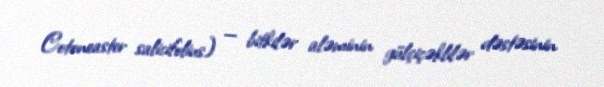
Cotoneaster salicifolius) — bitkilər aləminin gülçiçəklilər dəstəsinin